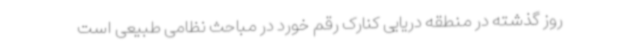
روز گذشته در منطقه دریایی کنارک رقم خورد در مباحث نظامی طبیعی است